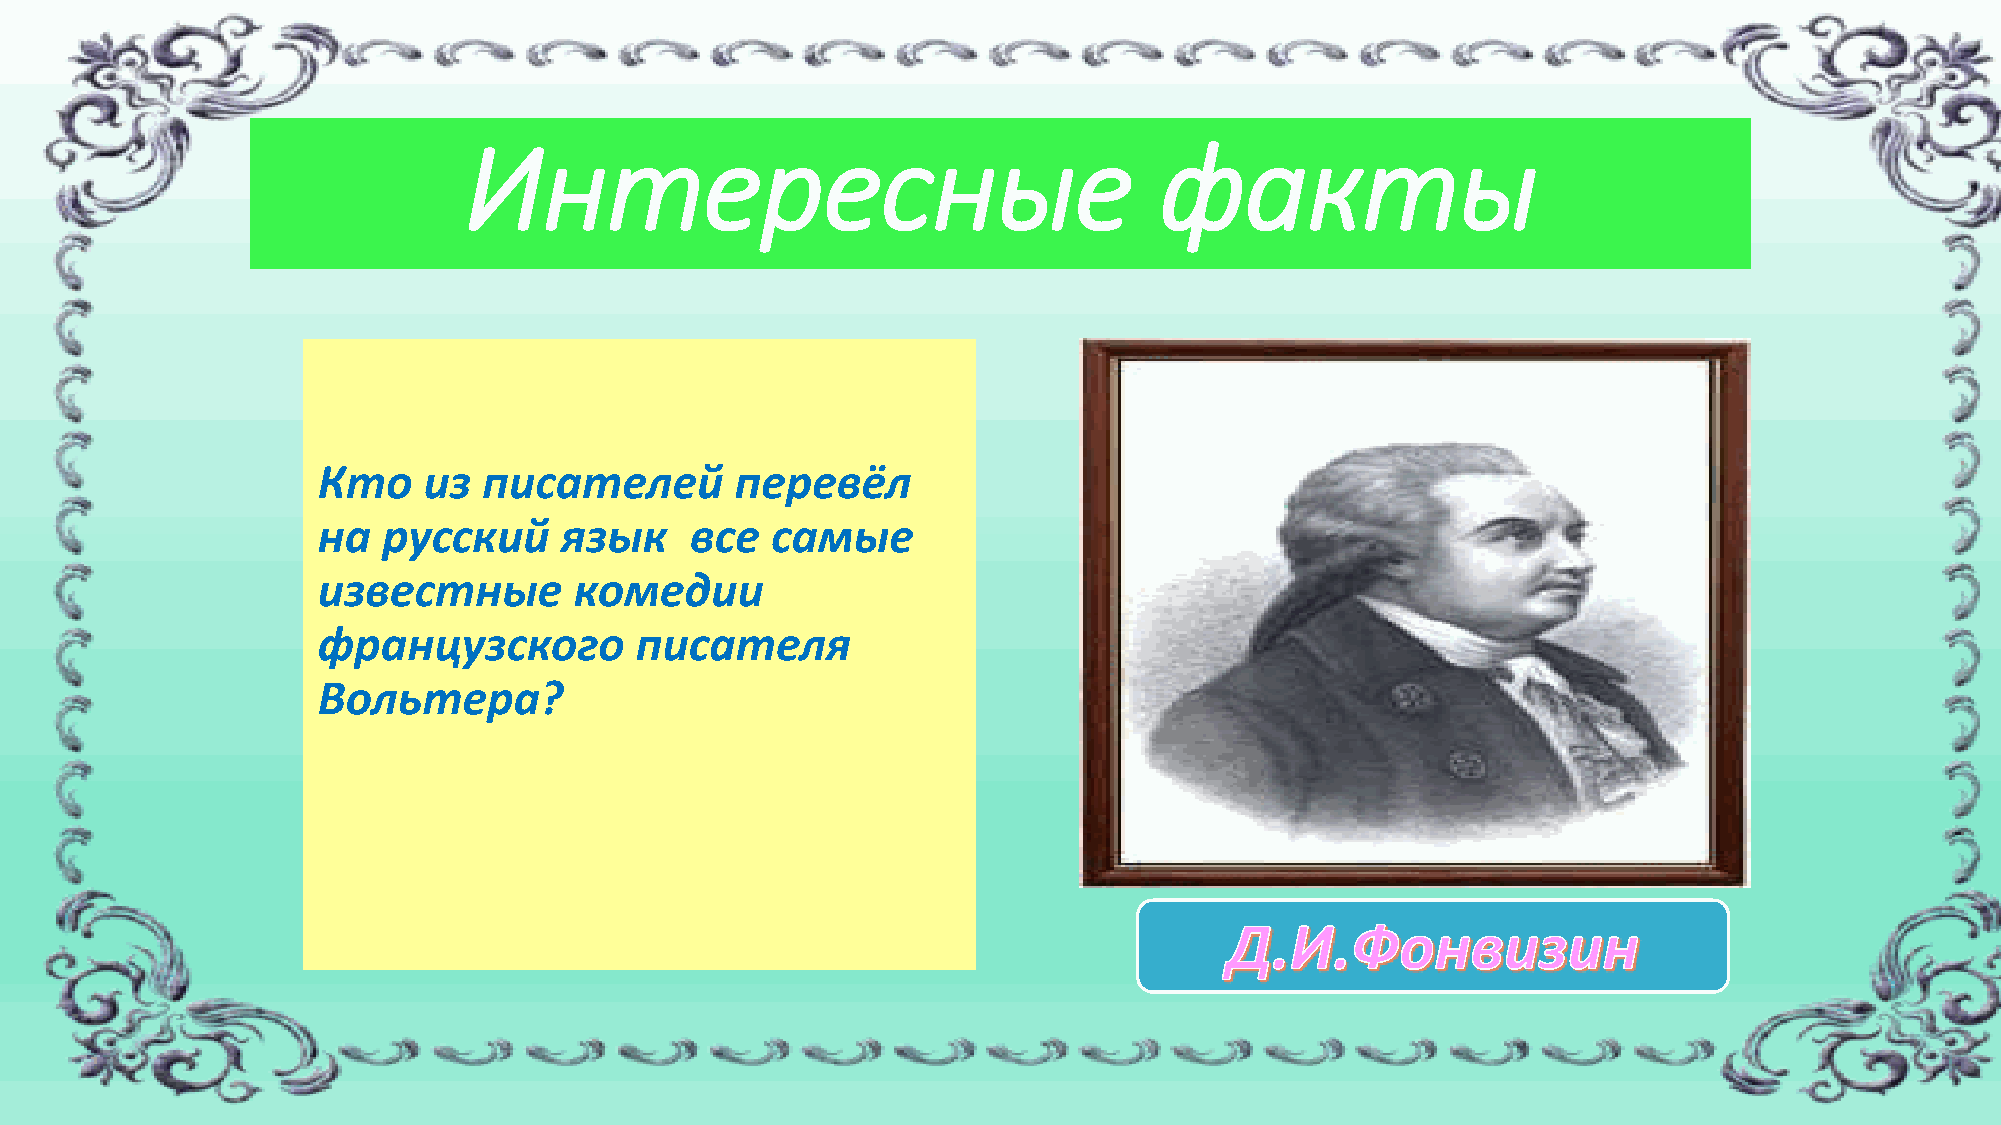
Интересные                                    факты
 Кто    из  писателей        перевёл
 на  русский     язык     все  самые
 известные        комедии
 французского         писателя
 Вольтера?